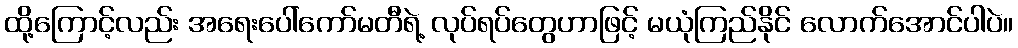
ထို့ကြောင့်လည်း အရေးပေါ်ကော်မတီရဲ့ လုပ်ရပ်တွေဟာဖြင့် မယုံကြည်နိုင် လောက်အောင်ပါပဲ။